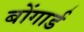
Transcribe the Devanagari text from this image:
बोंगार्ड